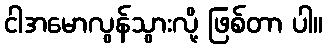
ငါအမောလွန်သွားလို့ ဖြစ်တာ ပါ။